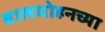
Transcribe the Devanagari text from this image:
बालमोहनच्या